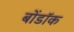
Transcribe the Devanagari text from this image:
बोंडॉक